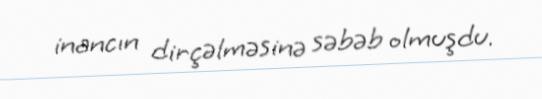
inancın dirçəlməsinə səbəb olmuşdu.